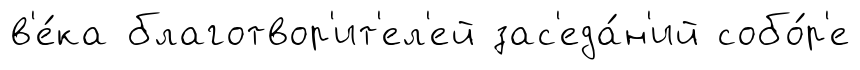
в'е́ка благотвор'ит'ел'ей зас'еда́н'ий собо́р'е